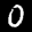
Label: 0